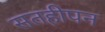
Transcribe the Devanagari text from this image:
सतहीपन